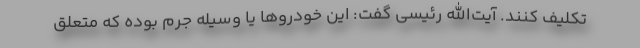
تکلیف کنند. آیت‌الله رئیسی گفت: این خودروها یا وسیله جرم بوده که متعلق